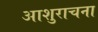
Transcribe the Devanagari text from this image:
आशुराचना